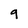
Character: 9